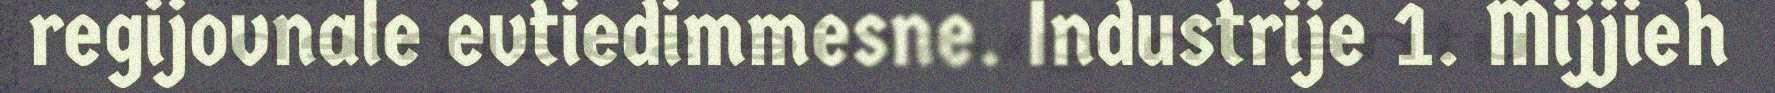
regijovnale evtiedimmesne. Industrije 1. Mijjieh